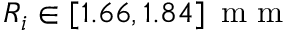
R _ { i } \in [ 1 . 6 6 , 1 . 8 4 ] \, \mathrm { ~ m ~ m ~ }